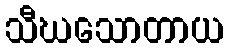
သီဃသောတာယ